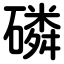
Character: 磷